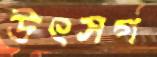
উৎসর্গ